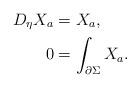
LaTeX: \begin{align*}D_\eta X_a &=X_a,\\0 &=\int_{\partial \Sigma}X_a.\end{align*}